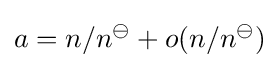
a=n/n^{\ominus }+o(n/n^{\ominus })